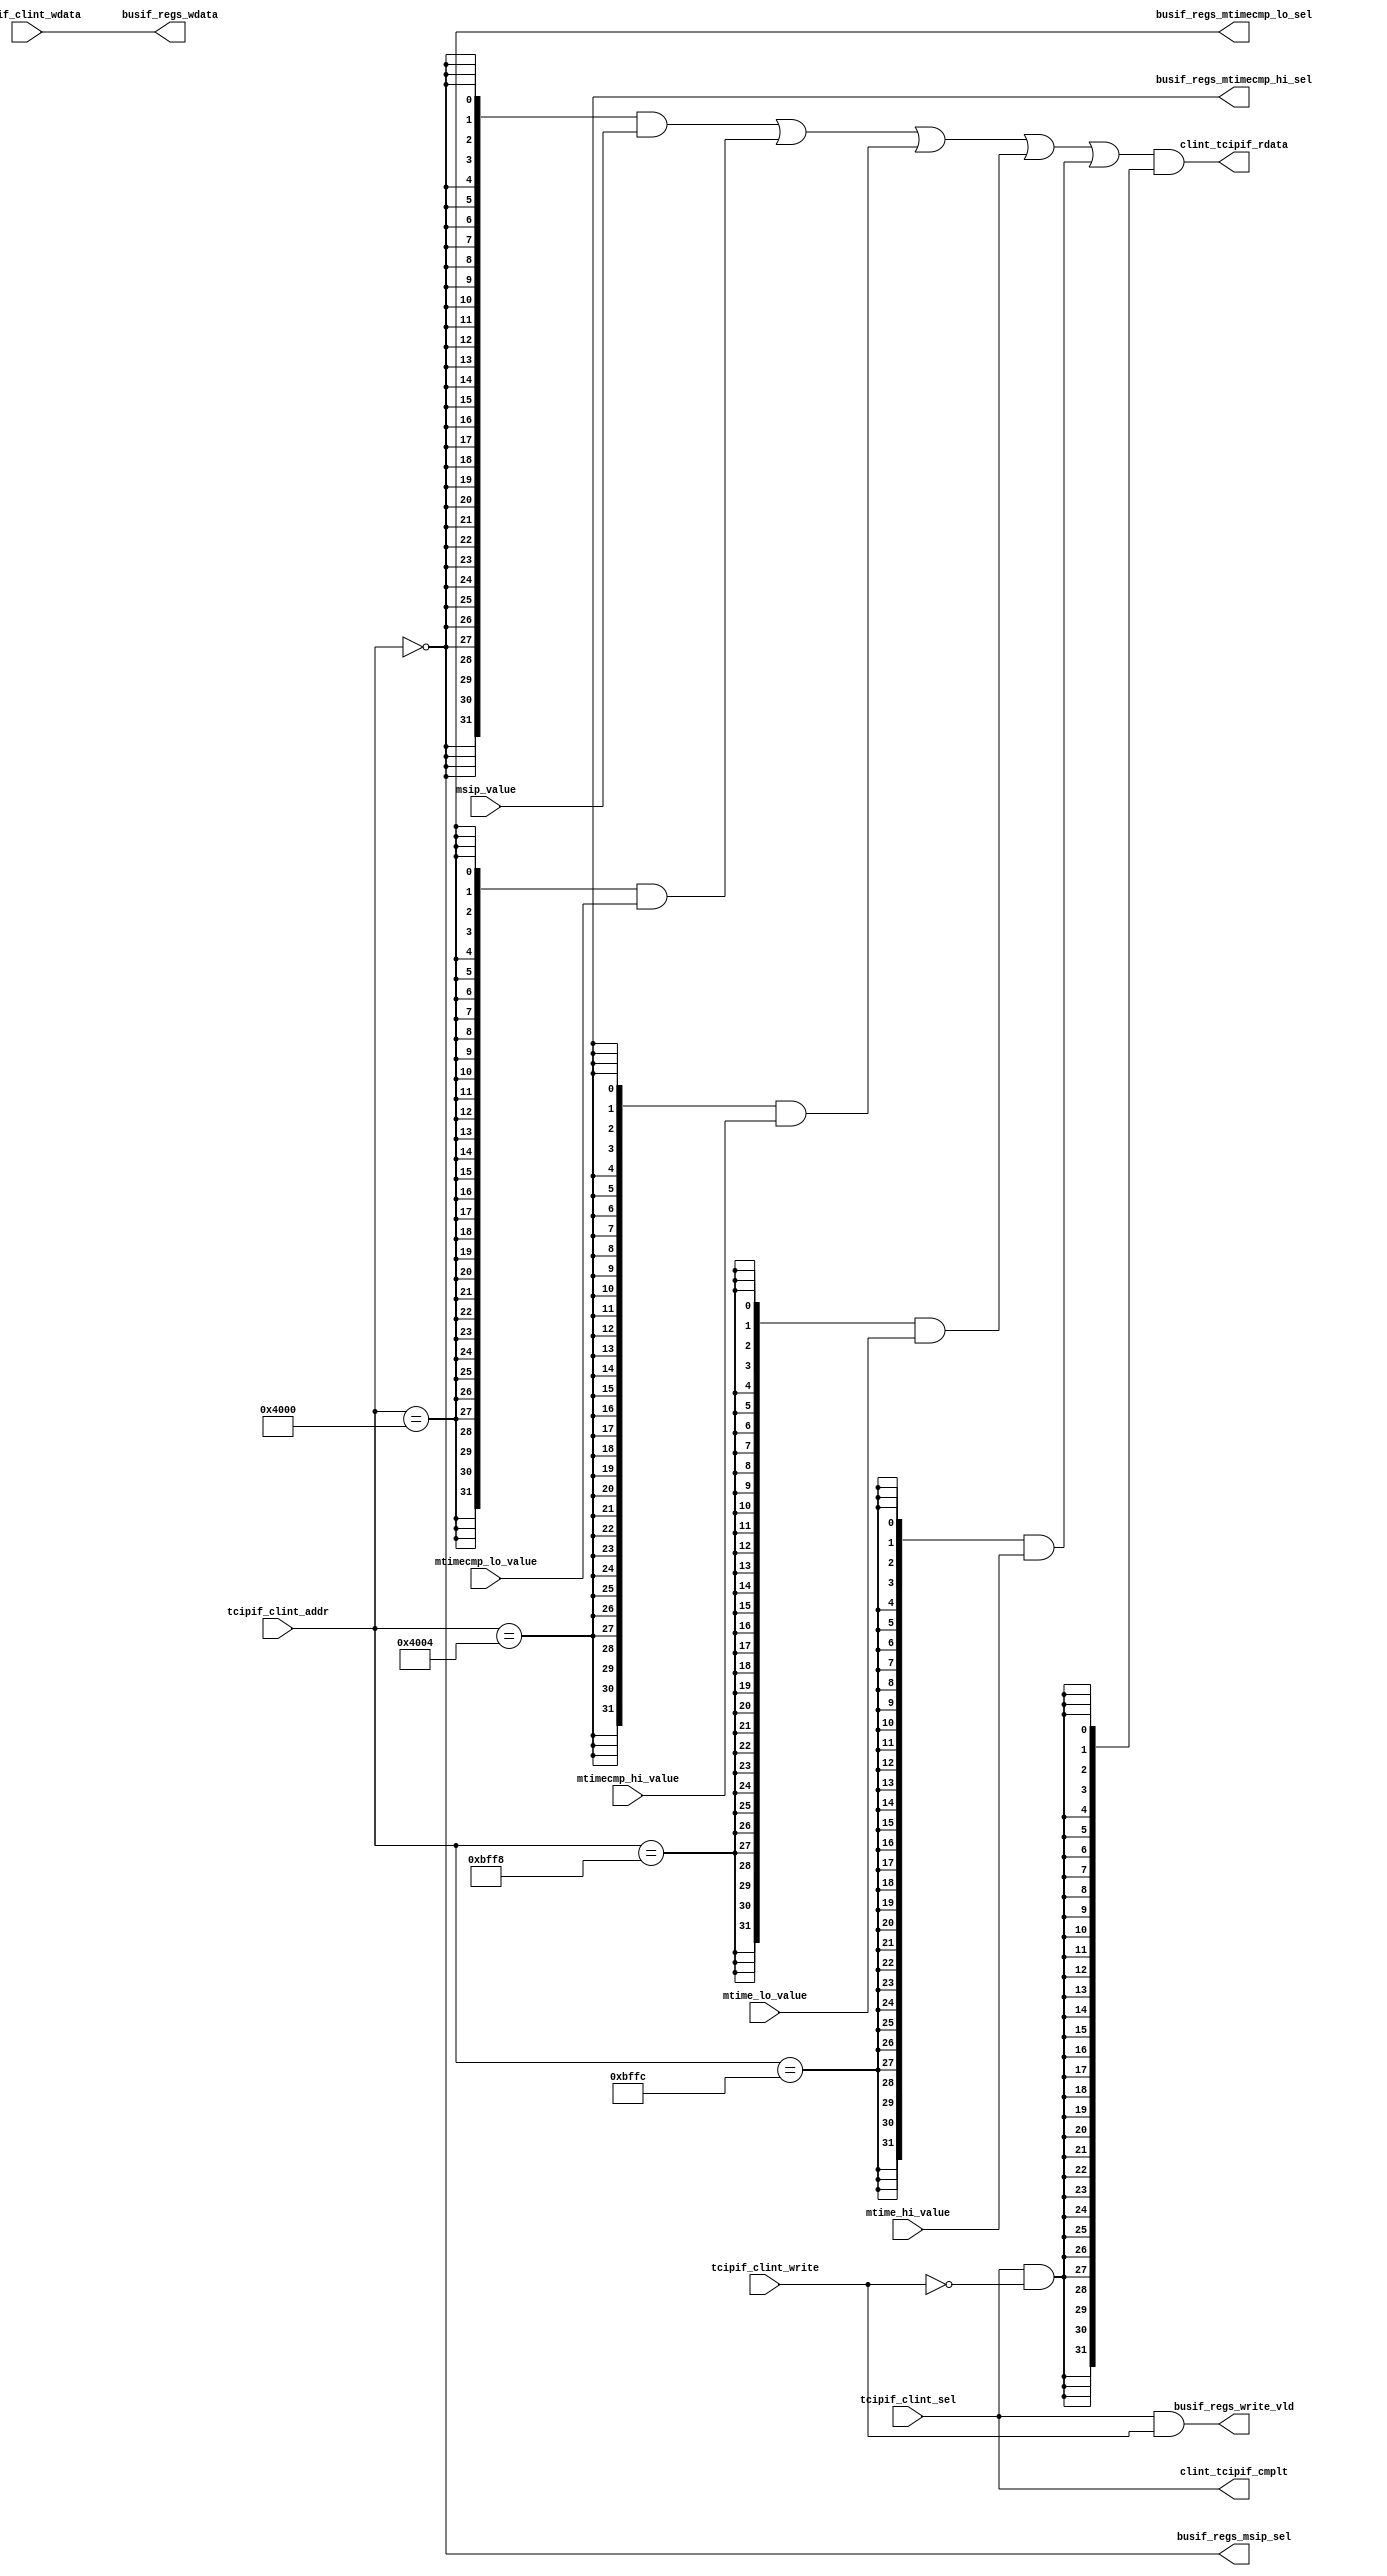
/*Copyright 2018-2021 T-Head Semiconductor Co., Ltd.

Licensed under the Apache License, Version 2.0 (the "License");
you may not use this file except in compliance with the License.
You may obtain a copy of the License at

    http://www.apache.org/licenses/LICENSE-2.0

Unless required by applicable law or agreed to in writing, software
distributed under the License is distributed on an "AS IS" BASIS,
WITHOUT WARRANTIES OR CONDITIONS OF ANY KIND, either express or implied.
See the License for the specific language governing permissions and
limitations under the License.
*/
module cr_clint_busif(
  busif_regs_msip_sel,
  busif_regs_mtimecmp_hi_sel,
  busif_regs_mtimecmp_lo_sel,
  busif_regs_wdata,
  busif_regs_write_vld,
  clint_tcipif_cmplt,
  clint_tcipif_rdata,
  msip_value,
  mtime_hi_value,
  mtime_lo_value,
  mtimecmp_hi_value,
  mtimecmp_lo_value,
  tcipif_clint_addr,
  tcipif_clint_sel,
  tcipif_clint_wdata,
  tcipif_clint_write
);

// &Ports; @23
input   [31:0]  msip_value;                
input   [31:0]  mtime_hi_value;            
input   [31:0]  mtime_lo_value;            
input   [31:0]  mtimecmp_hi_value;         
input   [31:0]  mtimecmp_lo_value;         
input   [15:0]  tcipif_clint_addr;         
input           tcipif_clint_sel;          
input   [31:0]  tcipif_clint_wdata;        
input           tcipif_clint_write;        
output          busif_regs_msip_sel;       
output          busif_regs_mtimecmp_hi_sel; 
output          busif_regs_mtimecmp_lo_sel; 
output  [31:0]  busif_regs_wdata;          
output          busif_regs_write_vld;      
output          clint_tcipif_cmplt;        
output  [31:0]  clint_tcipif_rdata;        

// &Regs; @24

// &Wires; @25
wire            busif_read_vld;            
wire            busif_regs_msip_sel;       
wire            busif_regs_mtimecmp_hi_sel; 
wire            busif_regs_mtimecmp_lo_sel; 
wire    [31:0]  busif_regs_wdata;          
wire            busif_regs_write_vld;      
wire            clint_tcipif_cmplt;        
wire    [31:0]  clint_tcipif_rdata;        
wire            msip_sel;                  
wire    [31:0]  msip_value;                
wire            mtime_hi_sel;              
wire    [31:0]  mtime_hi_value;            
wire            mtime_lo_sel;              
wire    [31:0]  mtime_lo_value;            
wire            mtimecmp_hi_sel;           
wire    [31:0]  mtimecmp_hi_value;         
wire            mtimecmp_lo_sel;           
wire    [31:0]  mtimecmp_lo_value;         
wire    [15:0]  tcipif_clint_addr;         
wire            tcipif_clint_sel;          
wire    [31:0]  tcipif_clint_wdata;        
wire            tcipif_clint_write;        


parameter MSIP       = 16'h0000;

parameter MTIMECMPLO = 16'h4000;
parameter MTIMECMPHI = 16'h4004;

parameter MTIMELO    = 16'hbff8;
parameter MTIMEHI    = 16'hbffc;

assign msip_sel        = tcipif_clint_addr[15:0] == MSIP;
assign mtimecmp_lo_sel = tcipif_clint_addr[15:0] == MTIMECMPLO;
assign mtimecmp_hi_sel = tcipif_clint_addr[15:0] == MTIMECMPHI;
assign mtime_lo_sel    = tcipif_clint_addr[15:0] == MTIMELO;
assign mtime_hi_sel    = tcipif_clint_addr[15:0] == MTIMEHI;

assign busif_regs_msip_sel        = msip_sel;
assign busif_regs_mtimecmp_lo_sel = mtimecmp_lo_sel;
assign busif_regs_mtimecmp_hi_sel = mtimecmp_hi_sel;

assign clint_tcipif_cmplt = tcipif_clint_sel;

assign busif_regs_write_vld = tcipif_clint_sel && tcipif_clint_write;
assign busif_read_vld     = tcipif_clint_sel && !tcipif_clint_write;

assign clint_tcipif_rdata[31:0] = ({32{msip_sel}}        & msip_value[31:0]
                                 | {32{mtimecmp_lo_sel}} & mtimecmp_lo_value[31:0]
                                 | {32{mtimecmp_hi_sel}} & mtimecmp_hi_value[31:0]
                                 | {32{mtime_lo_sel}}    & mtime_lo_value[31:0]
                                 | {32{mtime_hi_sel}}    & mtime_hi_value[31:0])
                                 & {32{busif_read_vld}};

assign busif_regs_wdata[31:0] = tcipif_clint_wdata[31:0];

// &ModuleEnd; @59
endmodule